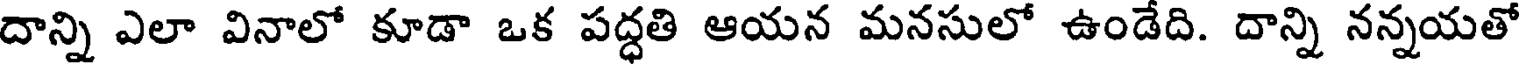
దాన్ని ఎలా వినాలో కూడా ఒక పద్ధతి ఆయన మనసులో ఉండేది. దాన్ని నన్నయతో